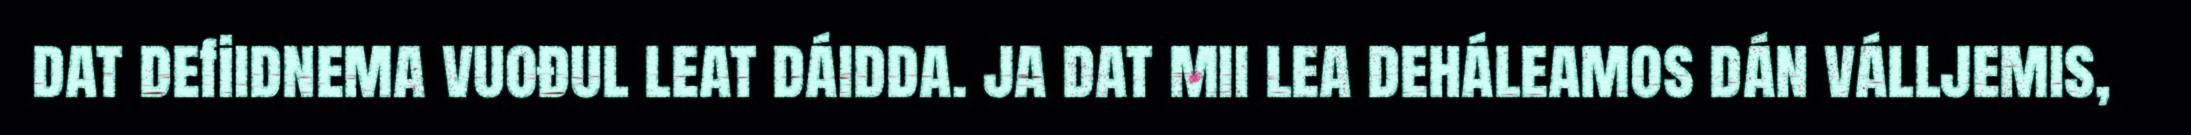
dat defiidnema vuođul leat dáidda. ja dat mii lea deháleamos dán válljemis,